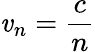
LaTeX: \mathit{v}_{n}={\frac{{c}}{{n}}}